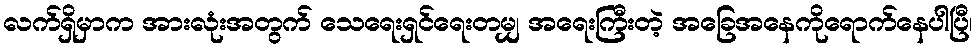
လက်ရှိမှာက အားလုံးအတွက် သေရေးရှင်ရေးတမျှ အရေးကြီးတဲ့ အခြေအနေကိုရောက်နေပါပြီ၊